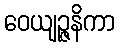
ဝေယျဉ္ဇနိကာ